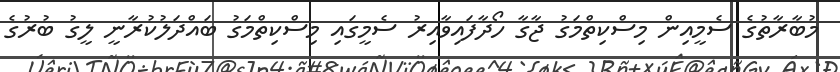
މުބާރާތުގެ ސެމީއިން މިސްކިތްމަގު ޖާގާ ހޯދާފައިވާއިރު ސެމީގައި މިސްކިތްމަގު ބައްދަލުކުރާނީ ލީގު ބުރުގެ